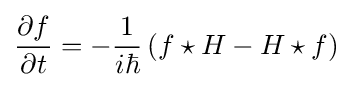
{\frac {\partial f}{\partial t}}=-{\frac {1}{i\hbar }}\left(f\star H-H\star f\right)